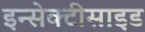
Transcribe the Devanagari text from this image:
इन्सेक्टीसाइड